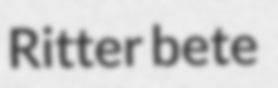
Ritter bete